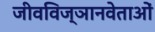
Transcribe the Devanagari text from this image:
जीवविज्ञानवेताओं